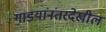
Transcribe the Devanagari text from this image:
गाडयांनंतरदेखील